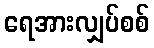
ရေအားလျှပ်စစ်